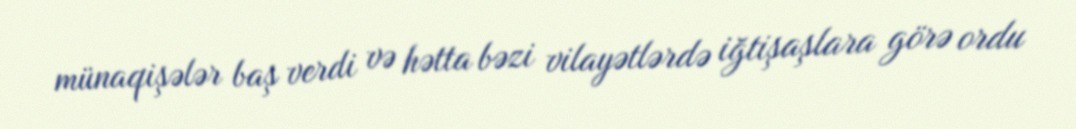
münaqişələr baş verdi və hətta bəzi vilayətlərdə iğtişaşlara görə ordu